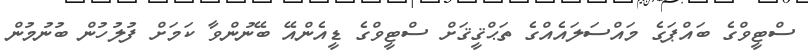
ސްޓީވްގެ ބައްޕަގެ މައްސަލައެއްގެ ތަޙްޤީޤަށް ސްޓީވްގެ ޑީއެންއޭ ބޭނުންވާ ކަމަށް ފުލުހުން ބުނުމުން